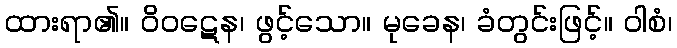
ထားရာ၏။ ဝိဝဋေန၊ ဖွင့်သော။ မုခေန၊ ခံတွင်းဖြင့်။ ဝါစံ၊